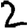
Digit: 2